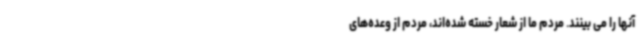
آنها را می بینند. مردم ما از شعار خسته شده‌اند، مردم از وعده‌های